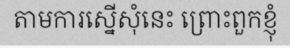
តាមការស្នើសុំនេះ ព្រោះពួកខ្ញុំ